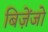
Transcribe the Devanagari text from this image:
बिज़ेंजो